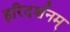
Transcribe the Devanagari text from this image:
हरिदर्शनम्